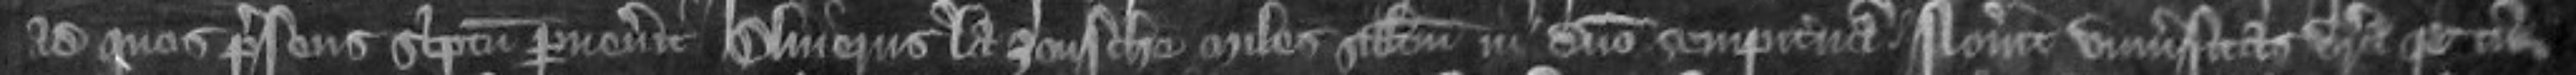
ad quos presens scriptum pervenerit Oliverus la Zoussche miles salutem in Domino sempiternam Noverint universitas vestra quod cum